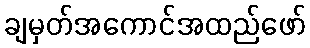
ချမှတ်အကောင်အထည်ဖော်